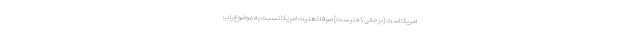
امریکا است (در حالی که نیست) صرفا ذهنیت امریکا نسبت به موضوع را ب